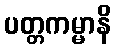
ပတ္တကမ္မာနိ